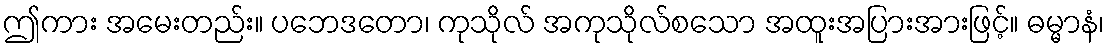
ဤကား အမေးတည်း။ ပဘေဒတော၊ ကုသိုလ် အကုသိုလ်စသော အထူးအပြားအားဖြင့်။ ဓမ္မာနံ၊